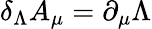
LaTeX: \delta_{\Lambda}A_{\mu}=\partial_{\mu}\Lambda